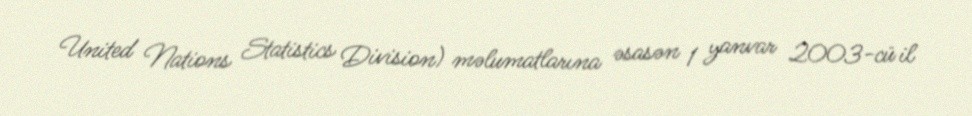
United Nations Statistics Division) məlumatlarına əsasən 1 yanvar 2003-cü il